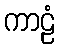
ကာဠံ